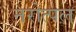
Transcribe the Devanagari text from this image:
नरोत्पल